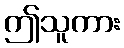
ဤသူကား